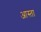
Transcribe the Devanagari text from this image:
आस्ता